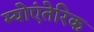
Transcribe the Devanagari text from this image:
म्योएंतेरिक